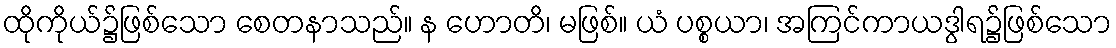
ထိုကိုယ်၌ဖြစ်သော စေတနာသည်။ န ဟောတိ၊ မဖြစ်။ ယံ ပစ္စယာ၊ အကြင်ကာယဒွါရ၌ဖြစ်သော